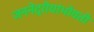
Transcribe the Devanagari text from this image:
जननेंद्रीयांभोवती